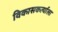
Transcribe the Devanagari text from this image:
विकासकर्त्याला